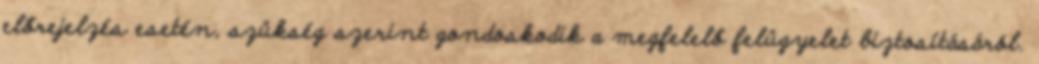
előrejelzés esetén, szükség szerint gondoskodik a megfelelő felügyelet biztosításáról.